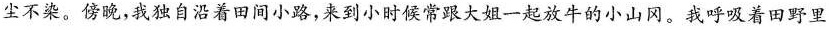
尘不染。傍晚，我独自沿着田间小路，来到小时候常跟大姐一起放牛的小山冈。我呼吸着田野里